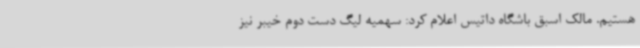
هستیم. مالک اسبق باشگاه داتیس اعلام کرد: سهمیه لیگ دست دوم خیبر نیز